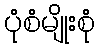
ပုံစံမျိုးစုံ